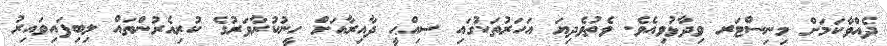
ދެއްވާކަމަށް މިނިސްޓަރ ވިދާޅުވިއެވެ. ވެތުވެދިޔަ އަހަރުތަކުގައި ސިއްޙީ ދާއިރާއަށް ހީނުކުރާވަރުގެ ކުރިއެރުންތައް ލިބިފައިވައިރު